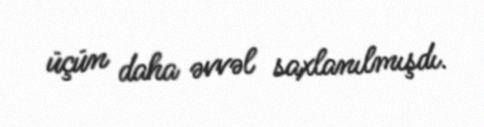
üçün daha əvvəl saxlanılmışdı.